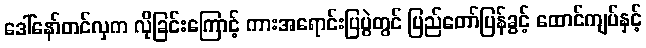
ဒေါ်နော်တင်လှက လိုခြင်းကြောင့် ကားအရောင်းပြပွဲတွင် ပြည်တော်ပြန်ခွင့် ထောင်ကျပ်နှင့်